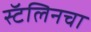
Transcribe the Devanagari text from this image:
स्टॅलिनचा